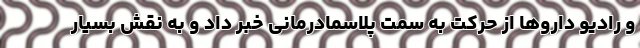
و رادیو داروها از حرکت به سمت پلاسمادرمانی خبر داد و به نقش بسیار